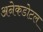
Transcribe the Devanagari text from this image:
अनेकडोटल